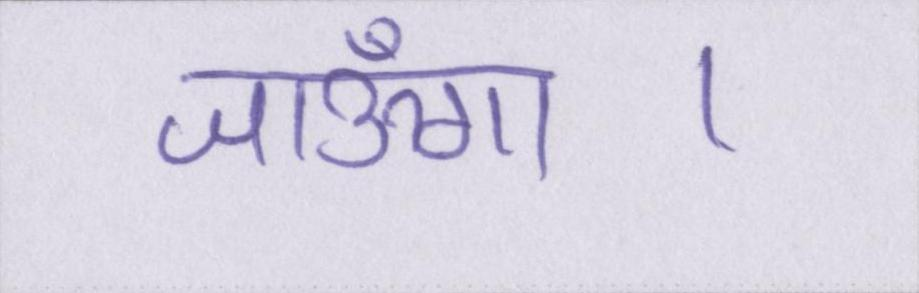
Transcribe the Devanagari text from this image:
जाऊँगा।